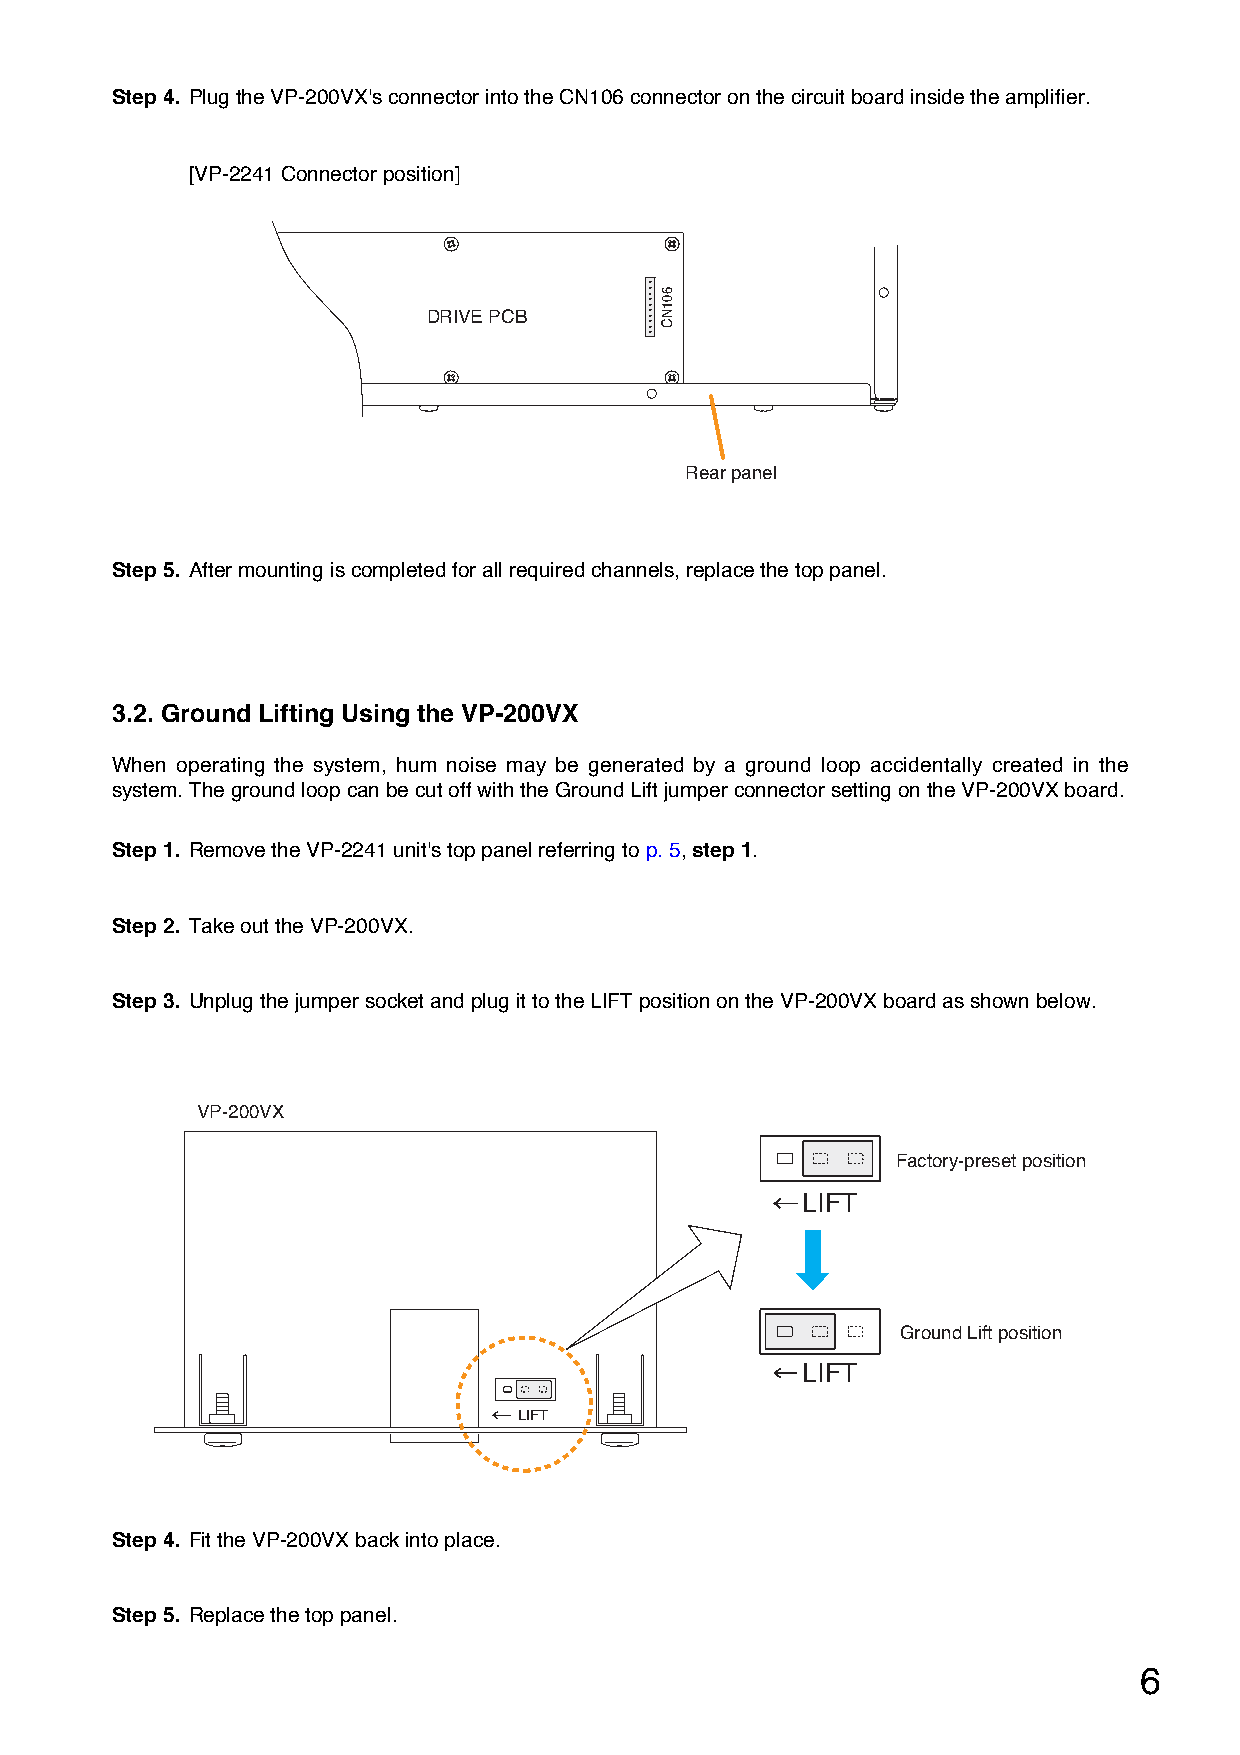
Step 4. Plug the VP-200VX's connector into the CN106 connector on the circuit board inside the amplifier.
 [VP-2241 Connector position]
 DRIVE PCB
 Rear panel
 Step 5. After mounting is completed for all required channels, replace the top panel.
 3.2. Ground Lifting Using the VP-200VX
 When operating the system, hum noise may be generated by a ground loop accidentally created in the
 system. The ground loop can be cut off with the Ground Lift jumper connector setting on the VP-200VX board.
 Step 1. Remove the VP-2241 unit's top panel referring to p. 5, step 1.
 Step 2. Take out the VP-200VX.
 Step 3. Unplug the jumper socket and plug it to the LIFT position on the VP-200VX board as shown below.
 VP-200VX
 Factory-preset position
 LIFT
 Ground Lift position
 LIFT
 LIFT
 Step 4. Fit the VP-200VX back into place.
 Step 5. Replace the top panel.
 6
 601NC